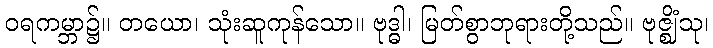
ဝရကမ္ဘာ၌။ တယော၊ သုံးဆူကုန်သော။ ဗုဒ္ဓါ၊ မြတ်စွာဘုရားတို့သည်။ ဗုဇ္ဈိံသု၊